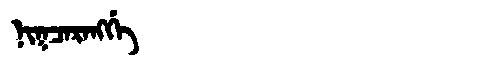
Manchu: ᠨᡳᡴᠴᠠᡵᠠᠩᡤᡝ
Romanization: NIKCARANGGE